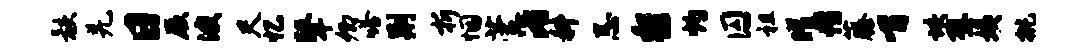
骸羌日厥波尺忆鼙卿嗒荆折悃萱渚科忌黎灼囚祖曜帽藤喟垓壁姨挑